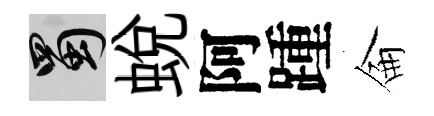
蜀蛻阿踵侖